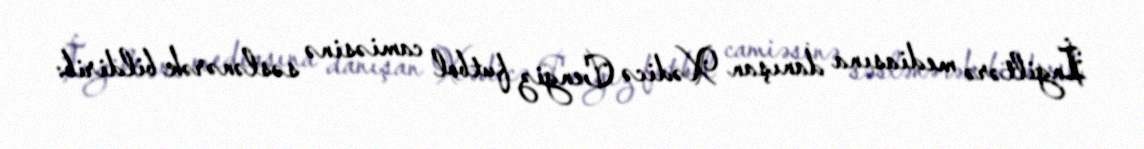
İngiltərə mediasına danışan Xədicə Cengiz futbol camiəsinə səslənərək bildirib: